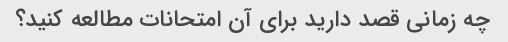
چه زمانی قصد دارید برای آن امتحانات مطالعه کنید؟